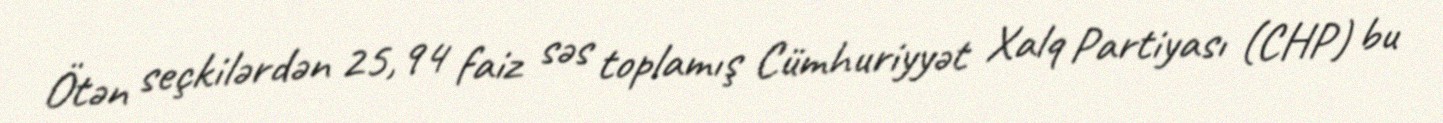
Ötən seçkilərdən 25,94 faiz səs toplamış Cümhuriyyət Xalq Partiyası (CHP) bu